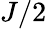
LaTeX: J/2